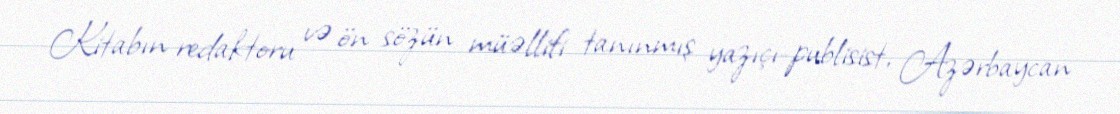
Kitabın redaktoru və ön sözün müəllifi tanınmış yazıçı-publisist, Azərbaycan